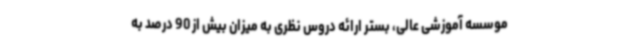
موسسه آموزشی عالی، بستر ارائه دروس نظری به میزان بیش از 90 درصد به